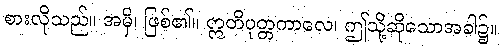
စားလိုသည်။ အမှိ၊ ဖြစ်၏။ ဣတိပုတ္တကာလေ၊ ဤသို့ဆိုသောအခါ၌။